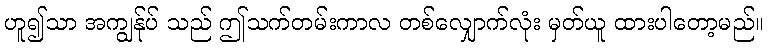
ဟူ၍သာ အကျွန်ုပ် သည် ဤသက်တမ်းကာလ တစ်လျှောက်လုံး မှတ်ယူ ထားပါတော့မည်။